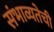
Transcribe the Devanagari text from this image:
संभाव्यतेची